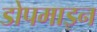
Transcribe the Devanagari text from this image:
डोपमाइन